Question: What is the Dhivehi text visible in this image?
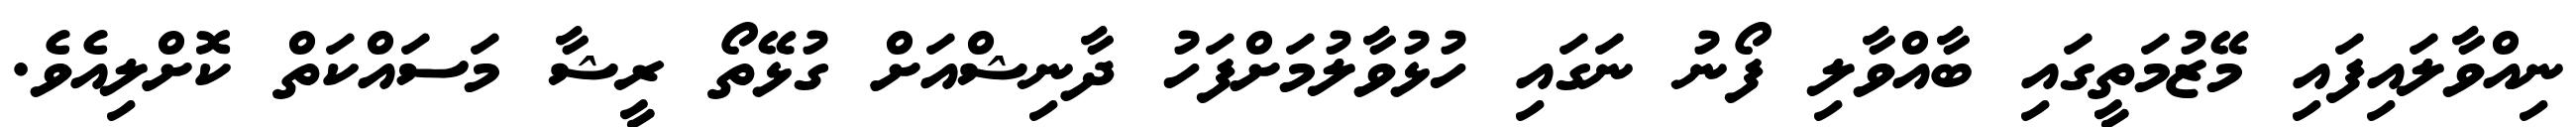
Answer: ނިއްވާލައިފައި މޭޒުމަތީގައި ބާއްވާލި ފޯނު ނަގައި ހުޅުވާލުމަށްފަހު ދާނިޝްއަށް ގުޅޭތޯ ރީޝާ މަސައްކަތް ކޮށްލިއެވެ.